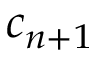
c _ { n + 1 }